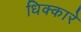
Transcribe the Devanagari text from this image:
धिक्कारे